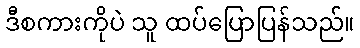
ဒီစကားကိုပဲ သူ ထပ်ပြောပြန်သည်။